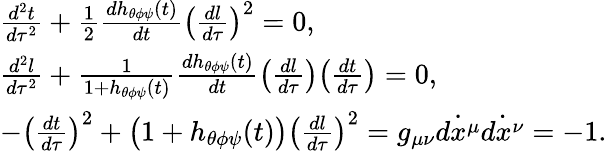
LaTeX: \begin{array}{l}{\frac{d^{2}t}{d\tau^{2}}+\frac{1}{2}\frac{dh_{\theta\phi\psi}(t)}{dt}\bigl(\frac{dl}{d\tau}\bigr)^{2}=0,\ }\\ {\frac{d^{2}l}{d\tau^{2}}+\frac{1}{1+h_{\theta\phi\psi}(t)}\frac{dh_{\theta\phi\psi}(t)}{dt}\bigl(\frac{dl}{d\tau}\bigr)\bigl(\frac{dt}{d\tau}\bigr)=0,\ }\\ {-\bigl(\frac{dt}{d\tau}\bigr)^{2}+\bigl(1+h_{\theta\phi\psi}(t)\bigr)\bigl(\frac{dl}{d\tau}\bigr)^{2}=g_{\mu\nu}\dot{dx^{\mu}}\dot{dx^{\nu}}=-1.\ }\end{array}